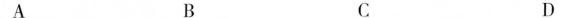
A B C